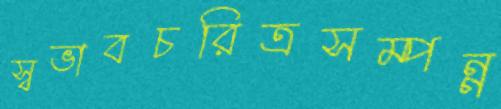
স্বভাবচরিত্রসম্পন্ন